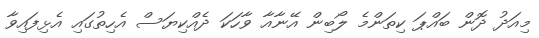
މިއަދު ދޮން ބައްޕަ ކިތަންމެ ލޯބިން އޭނާއާ ވާހަކަ ދެއްކިޔަސް އެހިތުގައި އެޅިފައިވާ